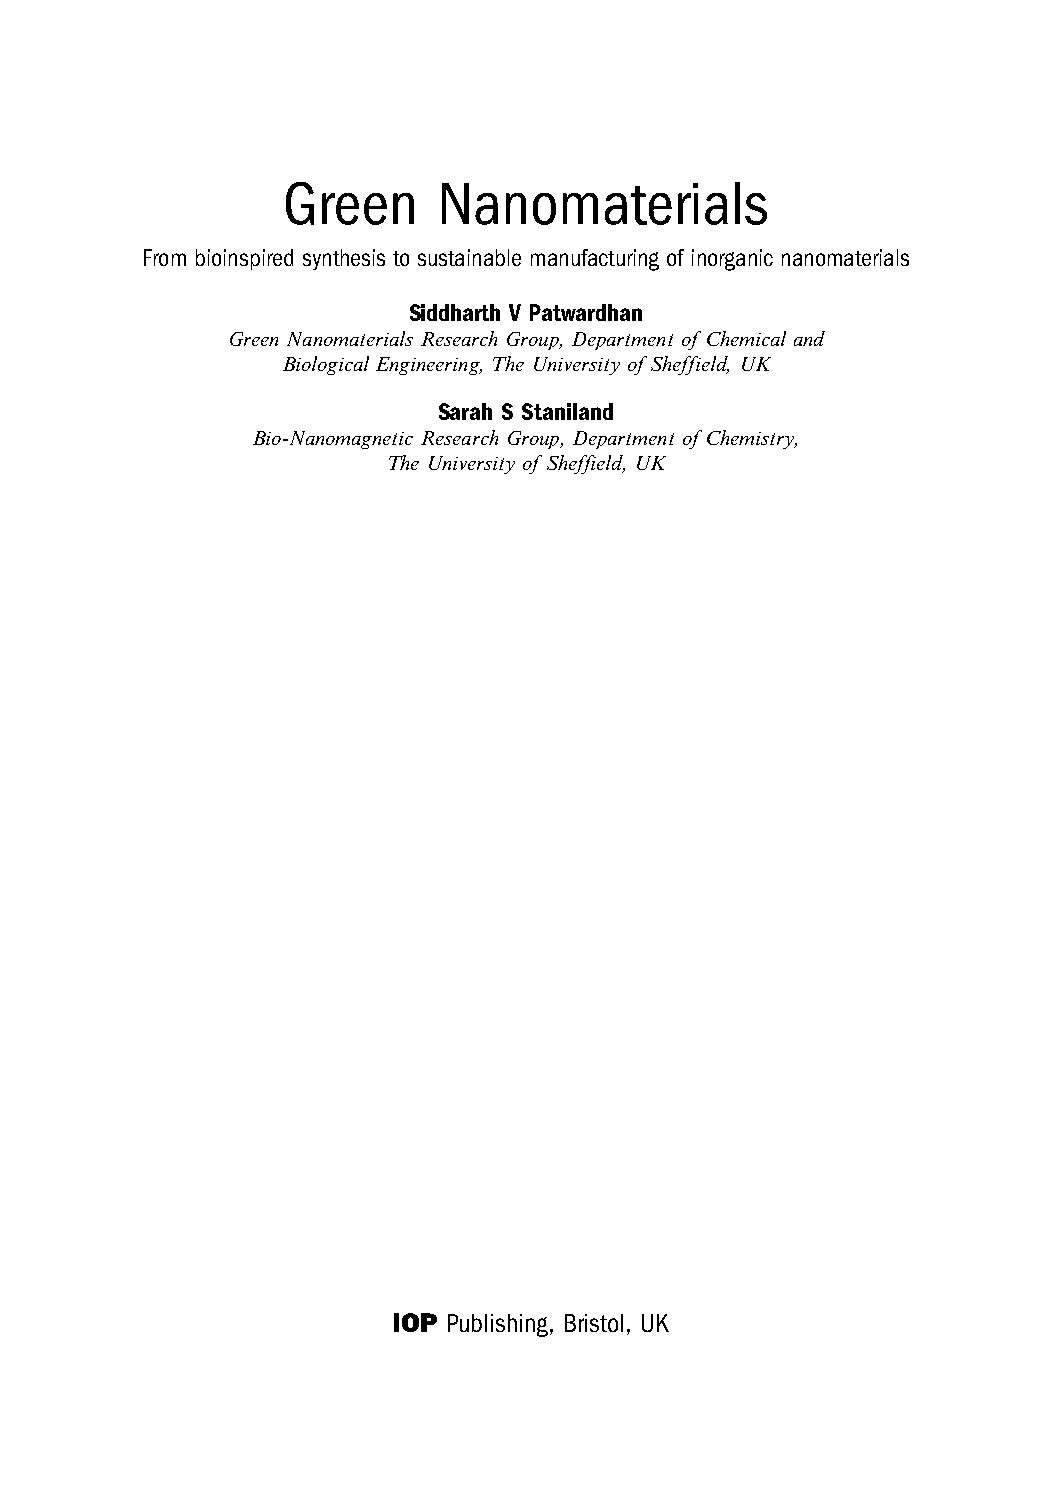
Green     Nanomaterials
 From bioinspired synthesis to sustainable manufacturing of inorganic nanomaterials
 Siddharth V Patwardhan
 Green Nanomaterials Research Group, Department of Chemical and
 Biological Engineering, The University of Sheffield, UK
 Sarah S Staniland
 Bio-Nanomagnetic Research Group, Department of Chemistry,
 The University of Sheffield, UK
 IOP Publishing, Bristol, UK